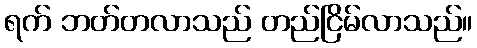
ရက် ဘတ်တလာသည် တည်ငြိမ်လာသည်။